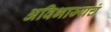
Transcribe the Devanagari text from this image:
अविभाज्यचं